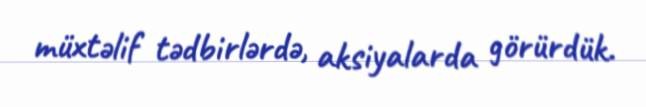
müxtəlif tədbirlərdə, aksiyalarda görürdük.